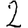
Digit: 2